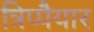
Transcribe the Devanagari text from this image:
त्रिप्पैयार